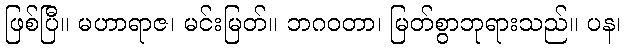
ဖြစ်ပြီ။ မဟာရာဇ၊ မင်းမြတ်။ ဘဂဝတာ၊ မြတ်စွာဘုရားသည်။ ပန၊